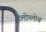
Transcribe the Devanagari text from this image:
टेलीग्लोब